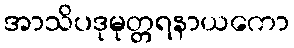
အာသိပဒုမုတ္တရနာယကော